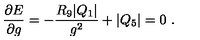
{ \frac { \partial E } { \partial g } } = - { \frac { R _ { 9 } | Q _ { 1 } | } { g ^ { 2 } } } + | Q _ { 5 } | = 0 \ .